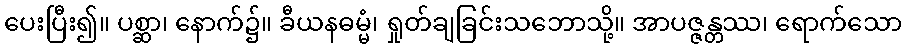
ပေးပြီး၍။ ပစ္ဆာ၊ နောက်၌။ ခီယနဓမ္မံ၊ ရှုတ်ချခြင်းသဘောသို့။ အာပဇ္ဇန္တဿ၊ ရောက်သော